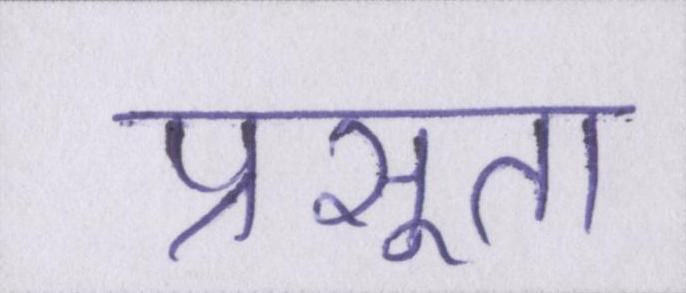
प्रसूता